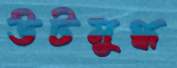
উটমুগ্ধ